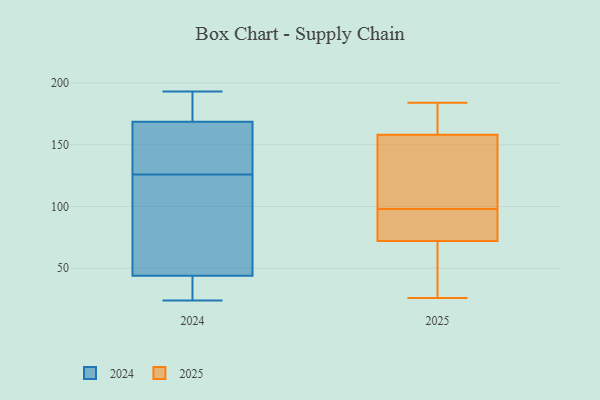
{"axis": {"x": "LTV (USD)", "y": "Value"}, "legend": ["2024", "2025"], "data": [{"x": "", "y": 170, "type": "2024"}, {"x": "", "y": 193, "type": "2024"}, {"x": "", "y": 59, "type": "2024"}, {"x": "", "y": 131, "type": "2024"}, {"x": "", "y": 167, "type": "2024"}, {"x": "", "y": 24, "type": "2024"}, {"x": "", "y": 141, "type": "2024"}, {"x": "", "y": 136, "type": "2024"}, {"x": "", "y": 192, "type": "2024"}, {"x": "", "y": 48, "type": "2024"}, {"x": "", "y": 181, "type": "2024"}, {"x": "", "y": 121, "type": "2024"}, {"x": "", "y": 78, "type": "2024"}, {"x": "", "y": 34, "type": "2024"}, {"x": "", "y": 38, "type": "2024"}, {"x": "", "y": 40, "type": "2024"}, {"x": "", "y": 140, "type": "2024"}, {"x": "", "y": 72, "type": "2024"}, {"x": "", "y": 39, "type": "2024"}, {"x": "", "y": 171, "type": "2024"}, {"x": "", "y": 158, "type": "2025"}, {"x": "", "y": 26, "type": "2025"}, {"x": "", "y": 72, "type": "2025"}, {"x": "", "y": 76, "type": "2025"}, {"x": "", "y": 156, "type": "2025"}, {"x": "", "y": 102, "type": "2025"}, {"x": "", "y": 184, "type": "2025"}, {"x": "", "y": 72, "type": "2025"}, {"x": "", "y": 94, "type": "2025"}, {"x": "", "y": 166, "type": "2025"}]}